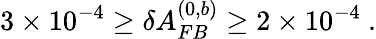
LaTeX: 3\times 10^{-4}\geq\delta A_{FB}^{(0,b)}\geq 2\times 10^{-4}~.